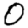
Digit: 0